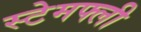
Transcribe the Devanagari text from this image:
स्टेमफ्ली